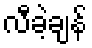
လီခဲ့ချန်